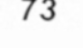
73